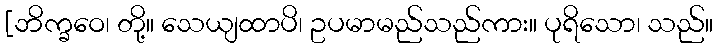
[ဘိက္ခဝေ၊ တို့။ သေယျထာပိ၊ ဥပမာမည်သည်ကား။ ပုရိသော၊ သည်။